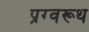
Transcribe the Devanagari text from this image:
प्रग्वरूथ